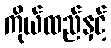
ကိုယ်ထည်နှင့်